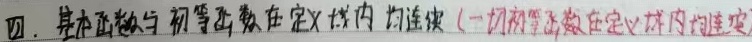
四. 基本函数与初等函数在定义域内均连续 (一切初等函数在定义区间内均连续)